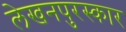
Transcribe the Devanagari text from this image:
लेखनपुरस्कार